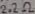
Text: 2.2Ω